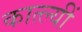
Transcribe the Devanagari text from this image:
कात्ल्यीं